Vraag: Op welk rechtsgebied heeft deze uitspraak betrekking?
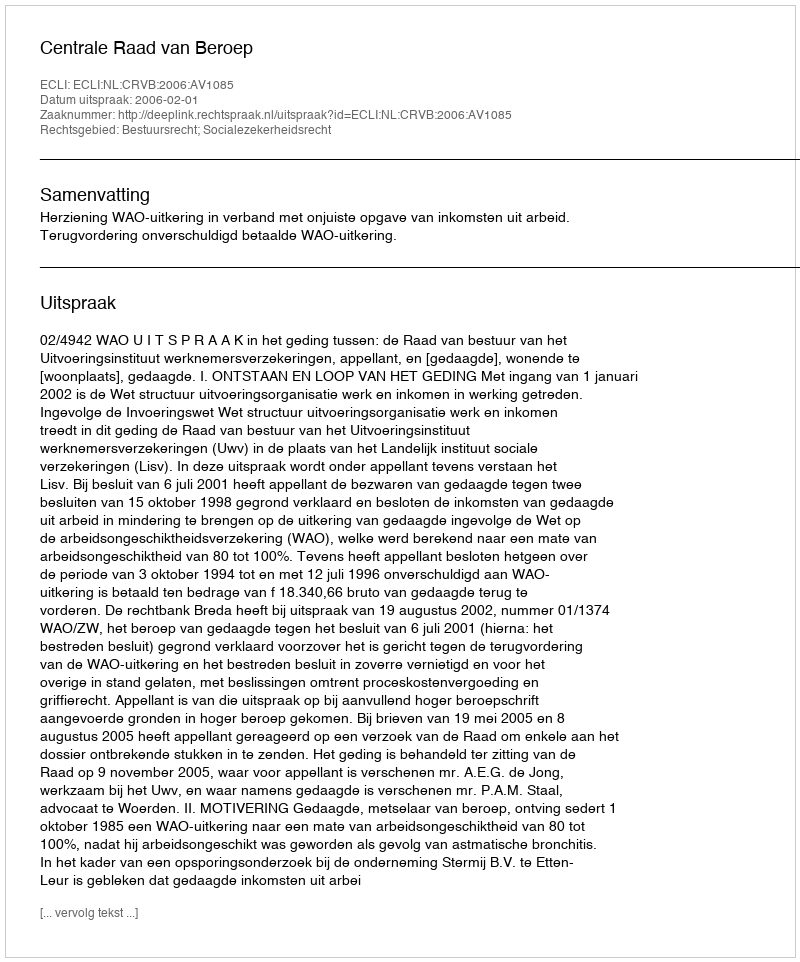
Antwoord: Bestuursrecht; Socialezekerheidsrecht